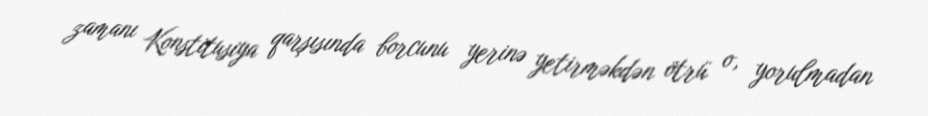
zamanı Konstitusiya qarşısında borcunu yerinə yetirməkdən ötrü o, yorulmadan